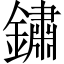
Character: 鏽